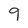
Character: 9